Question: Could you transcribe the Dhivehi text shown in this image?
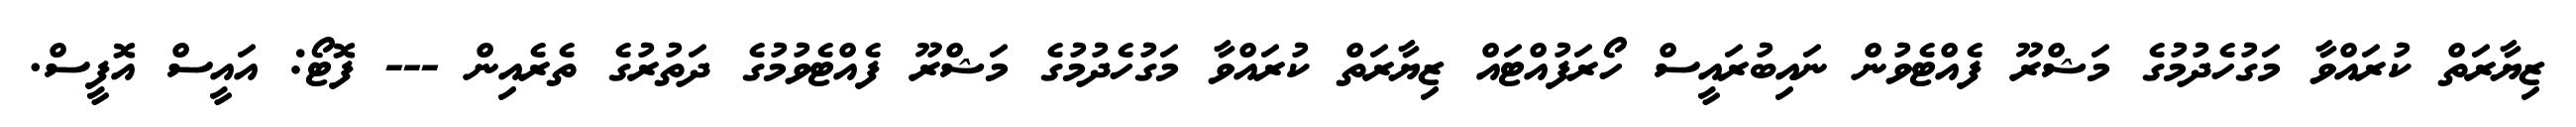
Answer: ޒިޔާރަތް ކުރައްވާ މަގުހެދުމުގެ މަޝްރޫ ފެއްޓެވުން ނައިބުރައީސް ހޯރަފުއްޓައް ޒިޔާރަތް ކުރައްވާ މަގުހެދުމުގެ މަޝްރޫ ފެއްޓެވުމުގެ ދަތުރުގެ ތެރެއިން --- ފޮޓޯ: އައީސް އޮފީސް.